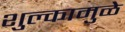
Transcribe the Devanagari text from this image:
शुल्कामुळे